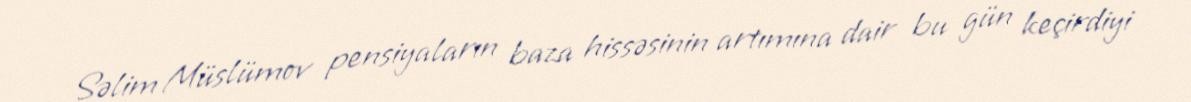
Səlim Müslümov pensiyaların baza hissəsinin artımına dair bu gün keçirdiyi